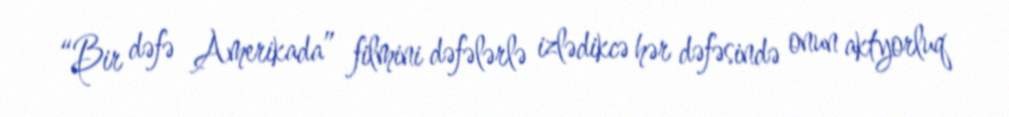
“Bir dəfə Amerikada” filmini dəfələrlə izlədikcə hər dəfəsində onun aktyorluq